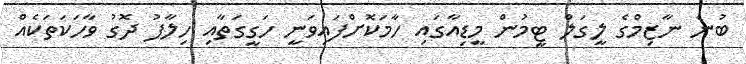
ބުނެ ނާޒިމްގެ ލީގަލް ޓީމުން މީޑިއާގައި ހާމަކޮށްފައިވަނީ ހަގީގަތާއި ހިލާފު ދޮގު ވާހަކަތަކެއް